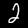
Digit: 2